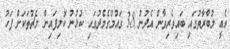
އެއީ މުބާރާތުގައި ބައިވެރިވާން އެދުނު 38 ގައުމުގެމެދުގައި ކުޅުނު ކޮލިފައިން މެޗުތަކަށް ފަހު